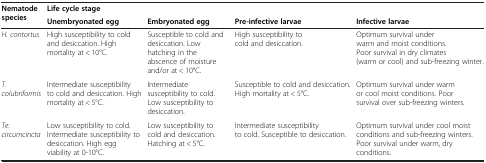
<table><thead><tr><td rowspan="2"><b>Nematode species</b></td><td><b>Life cycle stage</b></td><td><b> </b></td><td><b> </b></td><td><b> </b></td></tr><tr><td><b>Unembryonated egg</b></td><td><b>Embryonated egg</b></td><td><b>Pre-infective larvae</b></td><td><b>Infective larvae</b></td></tr></thead><tbody><tr><td><i>H. contortus</i></td><td>High susceptibility to cold and desiccation. High mortality at &lt; 10°C.</td><td>Susceptible to cold and desiccation. Low hatching in the abscence of moisture and/or at &lt; 10°C.</td><td>High susceptibility to cold and desiccation.</td><td>Optimum survival under warm and moist conditions. Poor survival in dry climates (warm or cool) and sub-freezing winter.</td></tr><tr><td><i>T. colubriformis</i></td><td>Intermediate susceptibility to cold and desiccation. High mortality at &lt; 5°C.</td><td>Intermediate susceptibility to cold. Low susceptibility to desiccation.</td><td>Susceptible to cold and desiccation. High mortality at &lt; 5°C.</td><td>Optimum survival under warm or cool moist conditions. Poor survival over sub-freezing winters.</td></tr><tr><td><i>Te. circumcincta</i></td><td>Low susceptibility to cold. Intermediate susceptibility to desiccation. High egg viability at 0-10°C.</td><td>Low susceptibility to cold and desiccation. Hatching at &lt; 5°C.</td><td>Intermediate susceptibility to cold. Susceptible to desiccation.</td><td>Optimum survival under cool moist conditions and sub-freezing winters. Poor survival under warm, dry conditions.</td></tr></tbody></table>